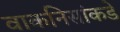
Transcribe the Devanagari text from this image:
वाकनिसांकडे